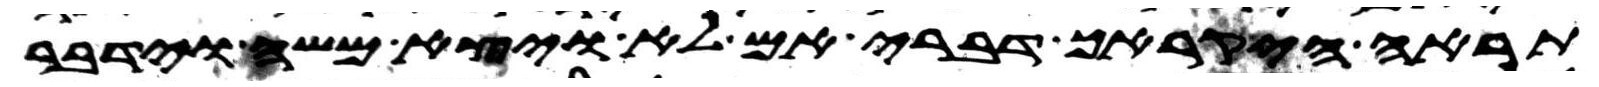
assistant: תראה היקרך דברי אם לא ויצא משה וידבר